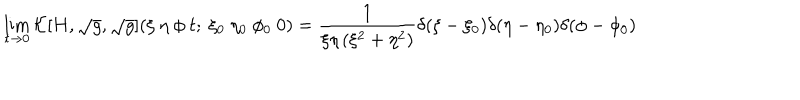
\lim _ { t \rightarrow 0 } { \cal K } [ H , \sqrt { g } , \sqrt { g } ] ( \xi ~ \eta ~ \phi ~ t ; ~ \xi _ { 0 } ~ \eta _ { 0 } ~ \phi _ { 0 } ~ 0 ) = \frac { 1 } { \xi \eta \left( \xi ^ { 2 } + \eta ^ { 2 } \right) } \delta ( \xi - \xi _ { 0 } ) \delta ( \eta - \eta _ { 0 } ) \delta ( \phi - \phi _ { 0 } )